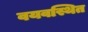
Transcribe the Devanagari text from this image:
वयवस्थित